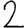
Digit: 2